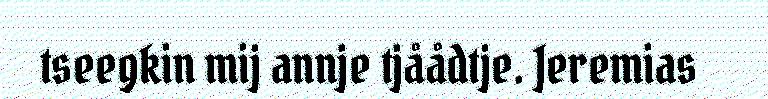
tseegkin mij annje tjåådtje. Jeremias